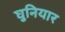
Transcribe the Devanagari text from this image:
घुनियार